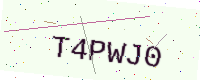
Text: T4PWJ0